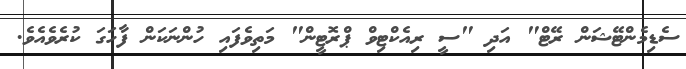
ސެޑިމެންޓޭޝަން ރޭޓް" އަދި "ސީ ރިއެކްޓިވް ޕްރޮޓީން" މަތިވެފައި ހުންނަކަން ފާހަގަ ކުރެވެއެވެ.